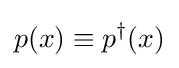
p(x)\equiv p^{\dagger }(x)